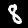
Label: 8